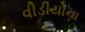
વીડીયોના